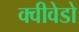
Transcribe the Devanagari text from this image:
क्वीवेडो